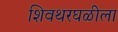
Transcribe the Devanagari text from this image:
शिवथरघळीला